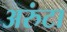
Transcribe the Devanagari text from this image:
अरुंटा